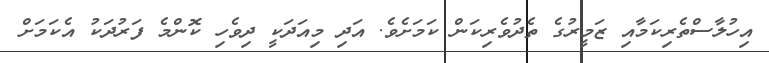
އިހުލާސްތެރިކަމާއި ޒަމީރުގެ ތެދުވެރިކަން ކަމަށެވެ. އަދި މިއަދަކީ ދިވެހި ކޮންމެ ފަރުދަކު އެކަމަށް